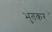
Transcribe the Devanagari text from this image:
भुतकर